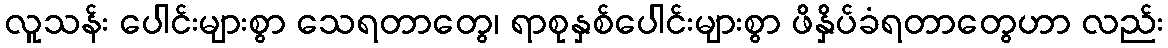
လူသန်း ပေါင်းများစွာ သေရတာတွေ၊ ရာစုနှစ်ပေါင်းများစွာ ဖိနှိပ်ခံရတာတွေဟာ လည်း